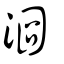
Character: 浻